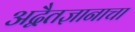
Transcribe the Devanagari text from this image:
अद्वैतज्ञानाचा